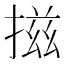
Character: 𢰩